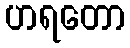
ဟရတော